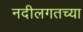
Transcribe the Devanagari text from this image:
नदीलगतच्या